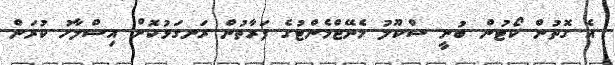
އެ ގޮތުން ކޯޓުން ބުނީ ސްކޫލު މެނޭޖްމެންޓުގެ ފަރާތުން ރަނގަޅުކޮށް އިސްލާހު ކުރަން